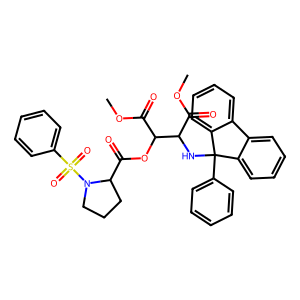
SMILES: COC(=O)C(NC1(c2ccccc2)c2ccccc2-c2ccccc21)C(OC(=O)C1CCCN1S(=O)(=O)c1ccccc1)C(=O)OC
Inhibits HIV replication: No